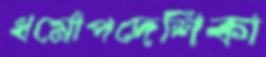
ধর্মোপদেশিকা